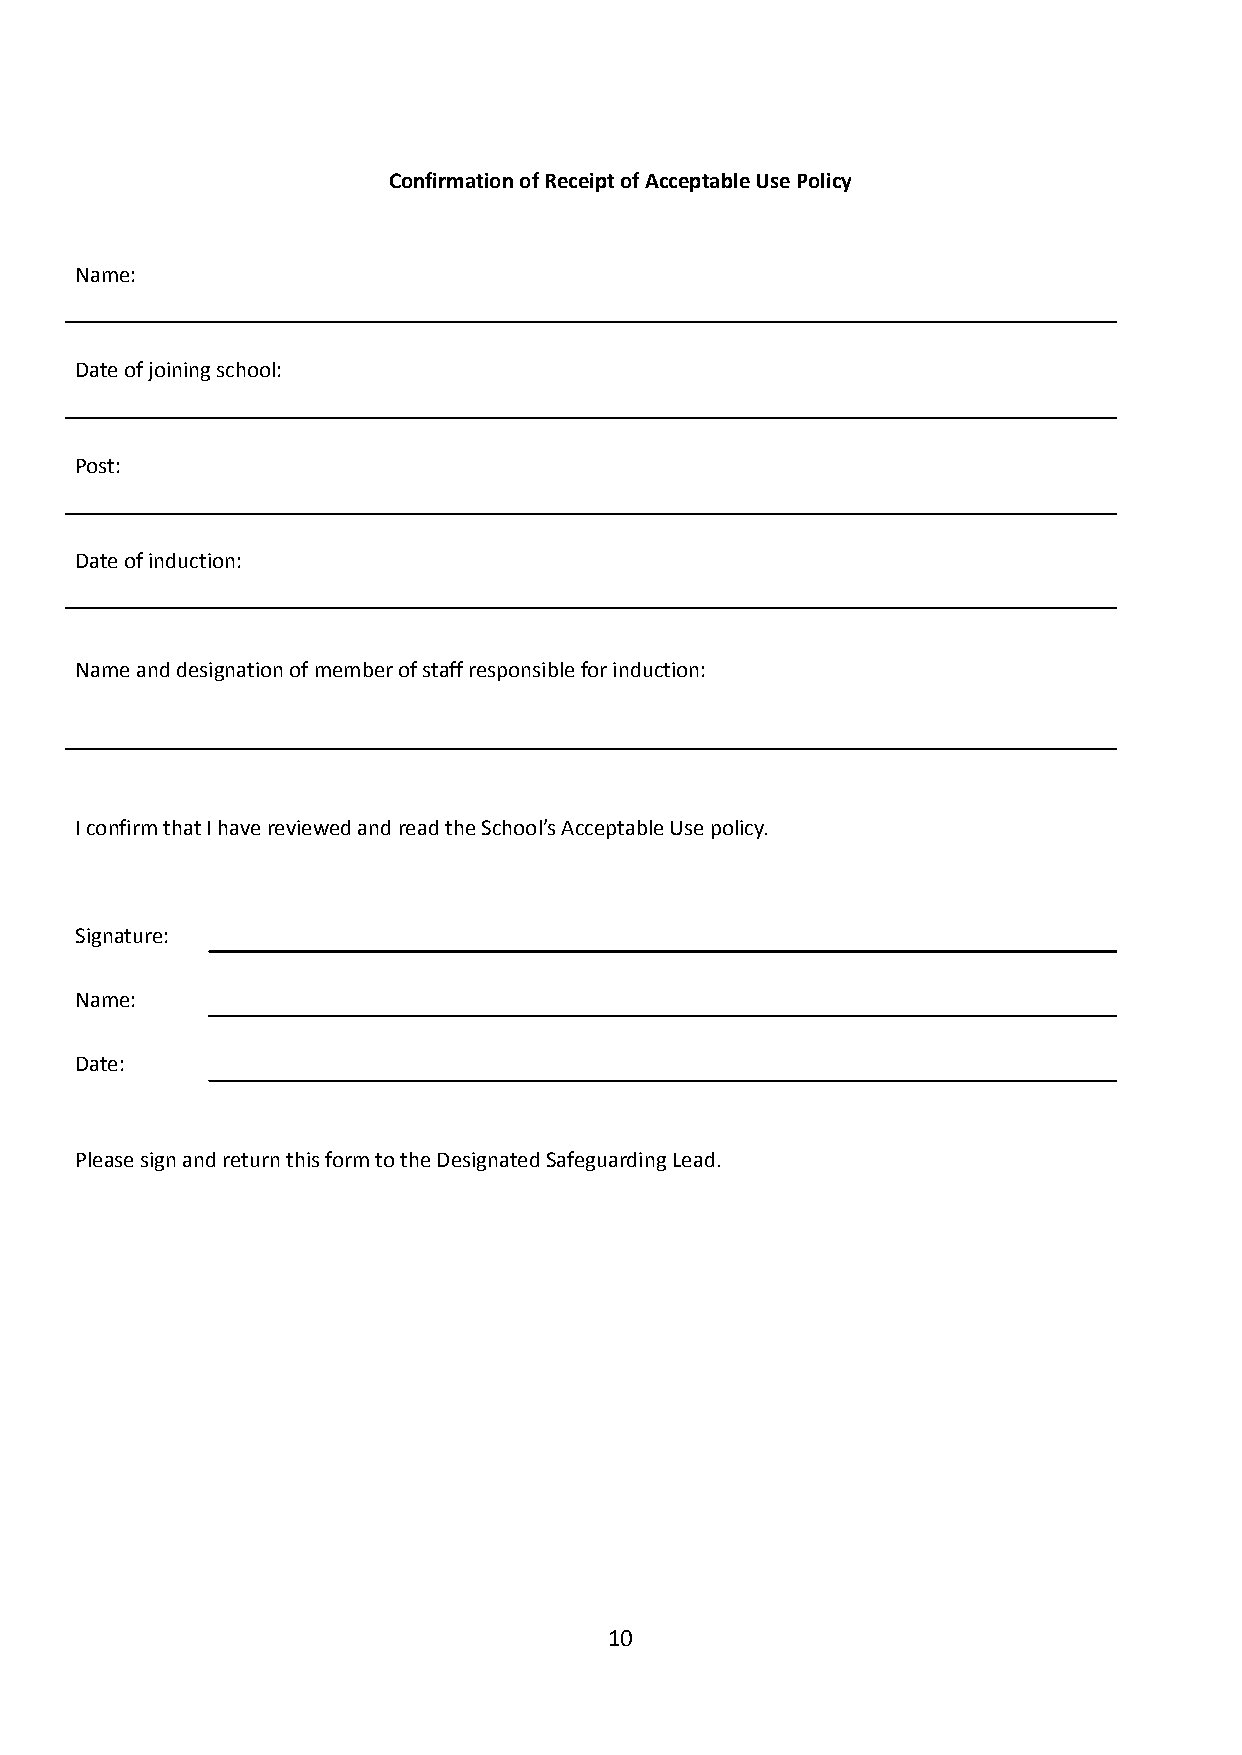
Confirmation of Receipt of Acceptable Use Policy
 Name:
 Date of joining school:
 Post:
 Date of induction:
 Name and designation of member of staff responsible for induction:
 I confirm that I have reviewed and read the School’s Acceptable Use policy.
 Signature:
 Name:
 Date:
 Please sign and return this form to the Designated Safeguarding Lead.
 10